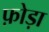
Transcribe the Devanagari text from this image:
फ़ोड़ा